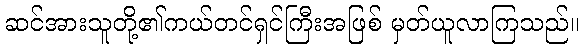
ဆင်အားသူတို့၏ကယ်တင်ရှင်ကြီးအဖြစ် မှတ်ယူလာကြသည်။